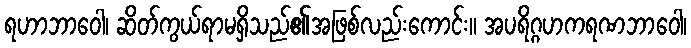
ရဟာဘာဝေါ၊ ဆိတ်ကွယ်ရာမရှိသည်၏အဖြစ်လည်းကောင်း။ အပရိဂ္ဂဟကရဏဘာဝေါ၊